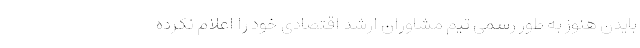
بایدن هنوز به طور رسمی تیم مشاوران ارشد اقتصادی خود را اعلام نکرده